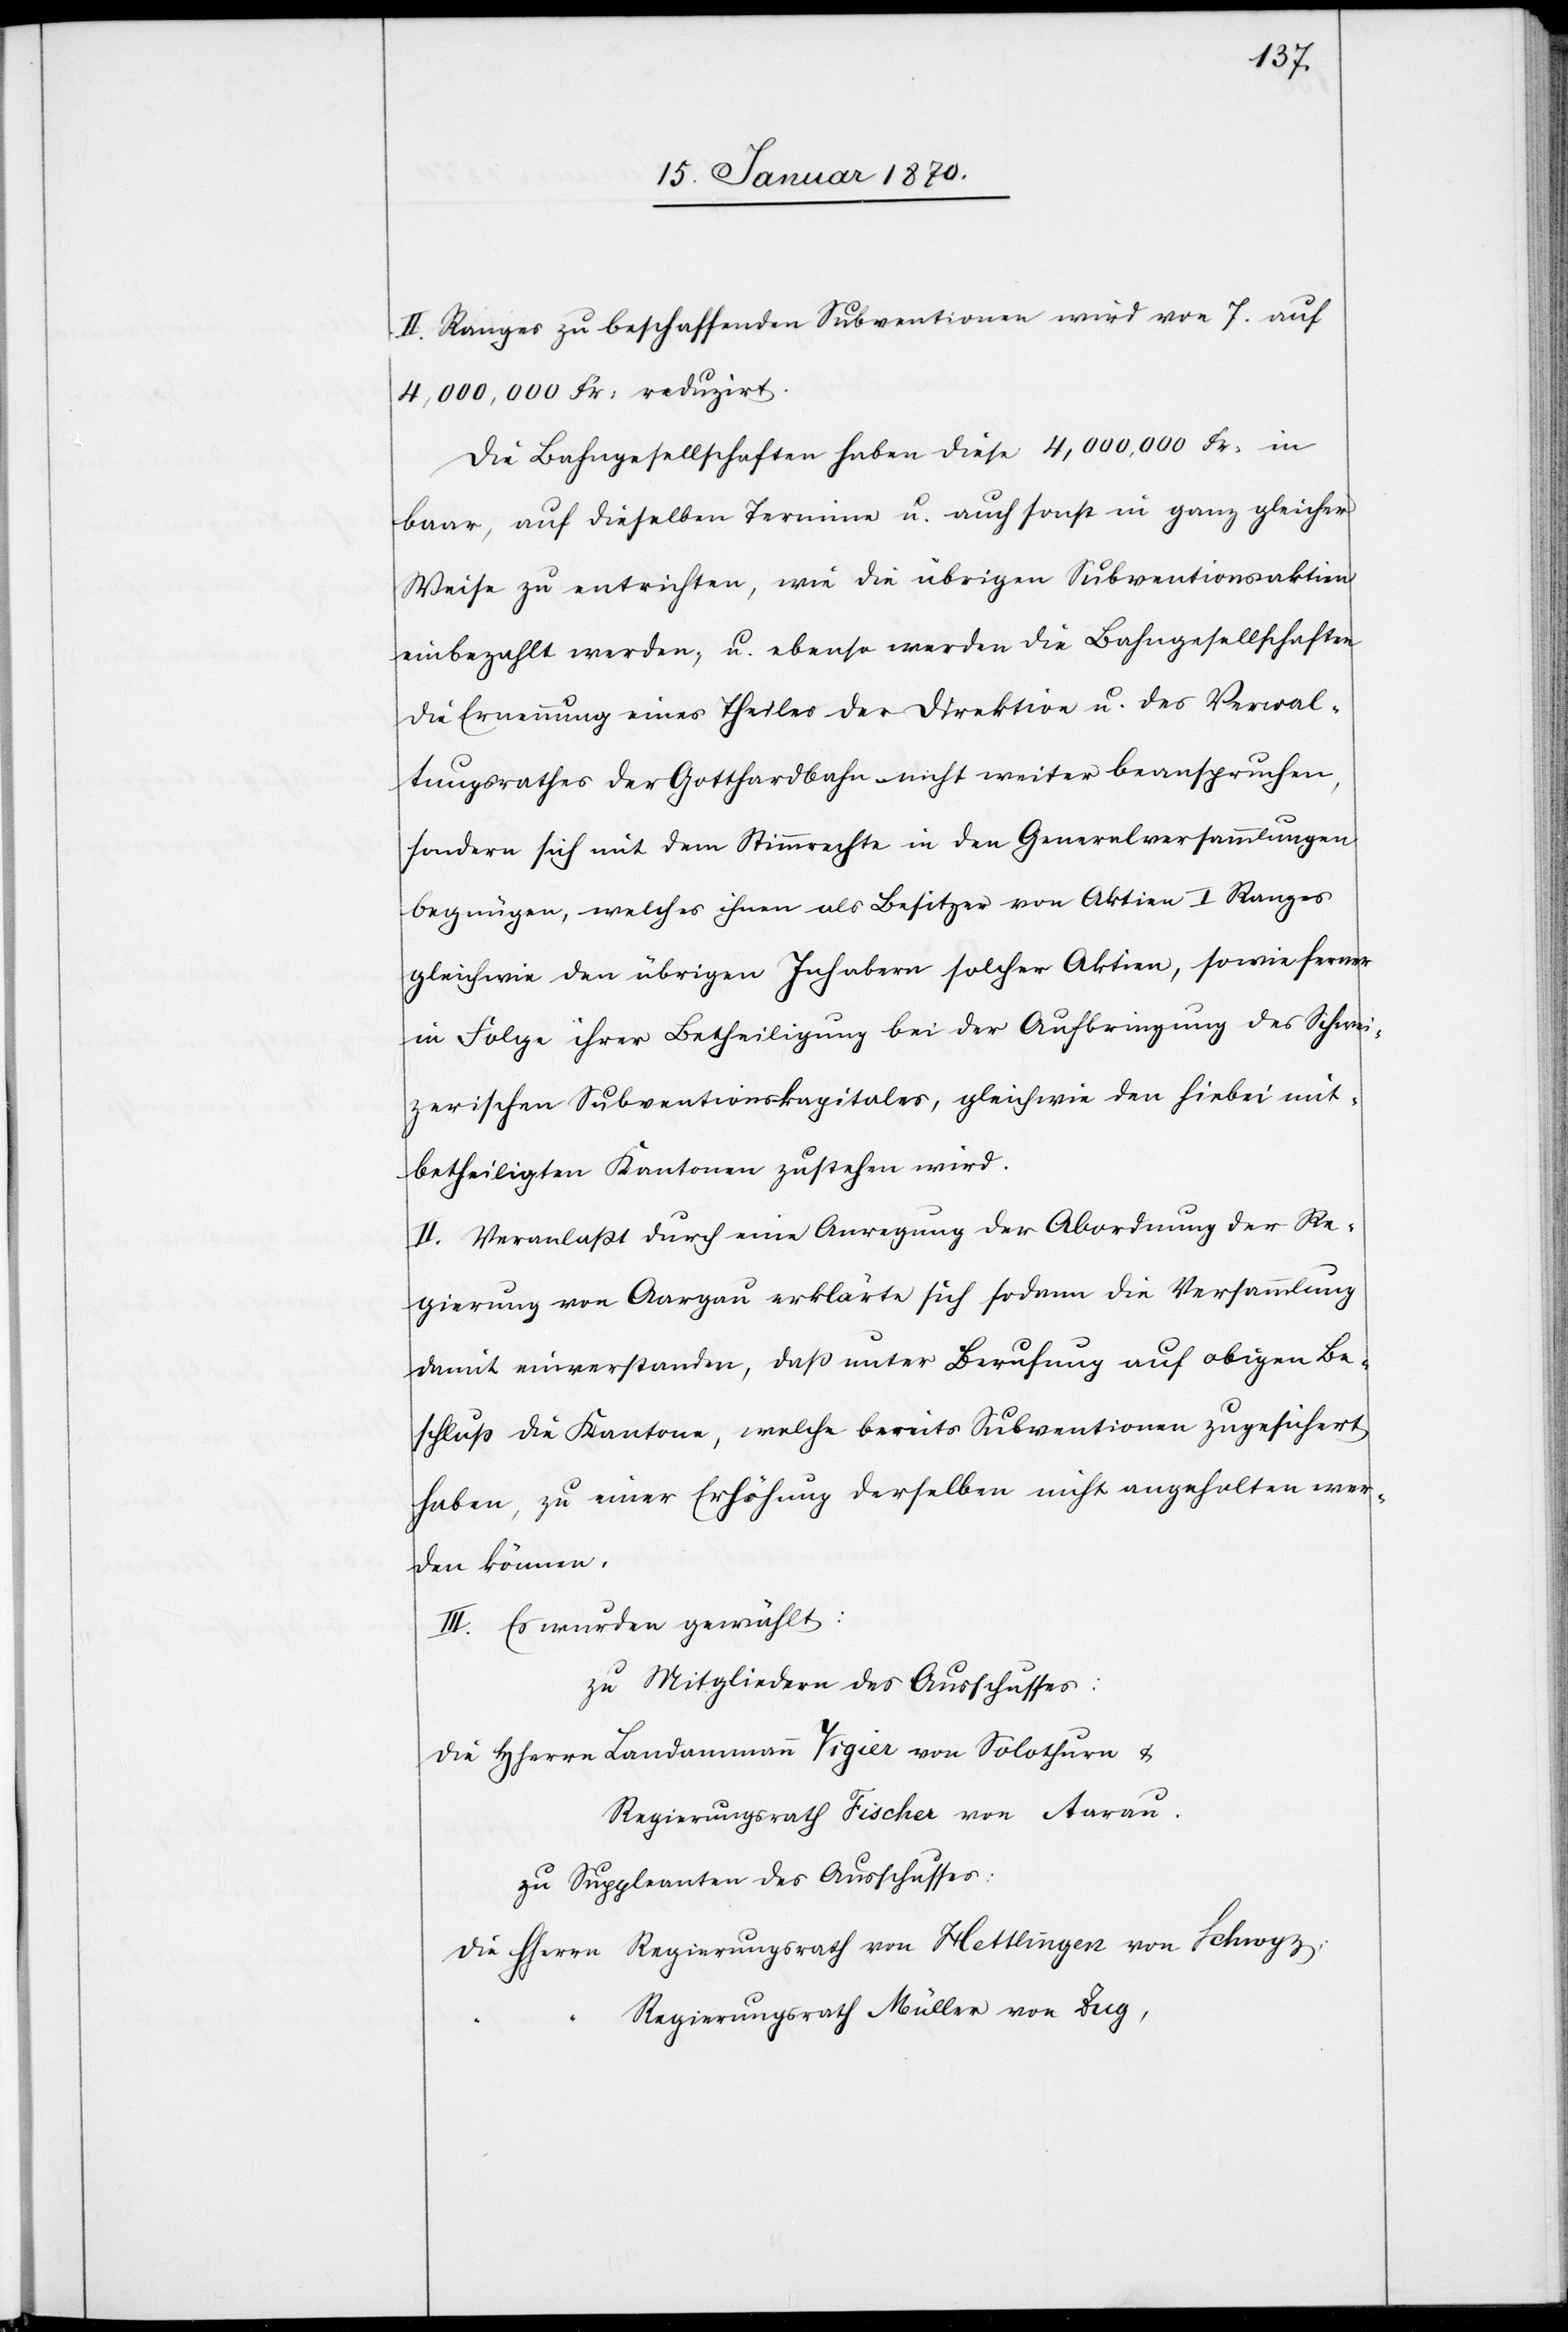
II. Ranges zu beschaffenden Subventionen wird von 7. auf
4,000,000 Fr: reduzirt.
Die Bahngesellschaften haben diese 4,000,000 Fr: in
baar, auf dieselben Termine u. auch sonst in ganz gleicher
Weise zu entrichten, wie die übrigen Subventionsaktien
einbezahlt werden, u. ebenso werde die Bahngesellschaften
die Ernennung eines Theiles der Direktion u. des Verwal¬
tungsrathes der Gotthardbahn nicht weiter beanspruchen,
sondern sich mit dem Stimmrechte in den Generalversammlungen
begnügen, welches ihnen als Besitzer von Aktien I Ranges
gleichwie den übrigen Inhabern solcher Aktien, sowie ferner
in Folge ihrer Betheiligung bei der Aufbringung des Schwei¬
zerischen Subventionskapitales, gleichwie den hiebei mit¬
betheiligten Kantonen zustehen wird.
II. Veranlaßt durch eine Anregung der Abordnung der Re¬
gierung von Aargau erklärte sich sodann die Versammlung
damit einverstanden, daß unter Berufung auf obigen Be¬
schluß die Kantone, welche bereits Subventionen zugesichert
haben, zu einer Erhöhung derselben nicht angehalten wer¬
den können.
III. Es wurden gewählt:
zu Mitgliedern des Ausschusses:
die Hherrn 	Landamman Vigier von Solothurn u.
Regierungsrath Fischer von Aarau.
zu Suppleanten des Ausschusses:
die Hherrn 	Regierungsrath von Hettlingen von Schwyz.
“		Regierungsrath Müller von Zug,